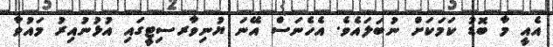
އެއީ މާ ބޮޑު ކަމަކަށް ނުބަލައެވެ. އެހެނަސް އޭނަ ޔުނިވާރސިޓީގައި އުޅުނުއިރު މައުވާ